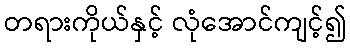
တရားကိုယ်နှင့် လုံအောင်ကျင့်၍